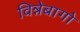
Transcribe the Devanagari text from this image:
विन्नेबागो